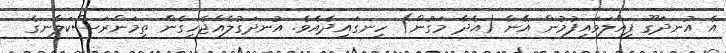
އެ އުނދަގޫ ފިއްލަވައިފުމުން އޭނާ (އެދާ މަގުން) ހިނގައިދެއެވެ. އުނދަގުލެއްޖެހިގެން ތިމަންރަސްކަލާނގެ